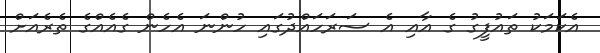
އެކަމަކު ތައުފީގު ގެ އާއި އެ ސަރަހައްދުގައި ހުންނަ އެހެން ގެއެއްގެ ތެރެއަށް